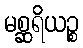
မစ္ဆရိယဉ္စ